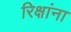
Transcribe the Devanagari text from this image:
रिक्षांना